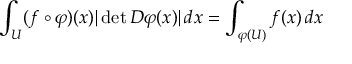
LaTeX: \int _ { U } ( f \circ \varphi ) ( x ) | \operatorname* { d e t } D \varphi ( x ) | \, d x = \int _ { \varphi ( U ) } f ( x ) \, d x